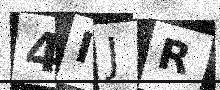
Text: 4IJR